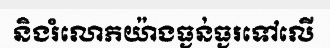
និងរំលោភយ៉ាងធ្ងន់ធ្ងរទៅលើ